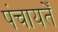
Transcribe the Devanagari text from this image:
पंचायतेँ